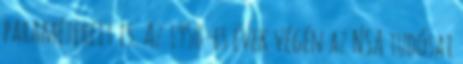
paramétereit is. Az 1950-es évek végén az NSA tudósai